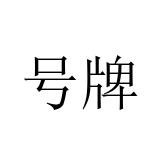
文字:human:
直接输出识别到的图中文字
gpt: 号牌